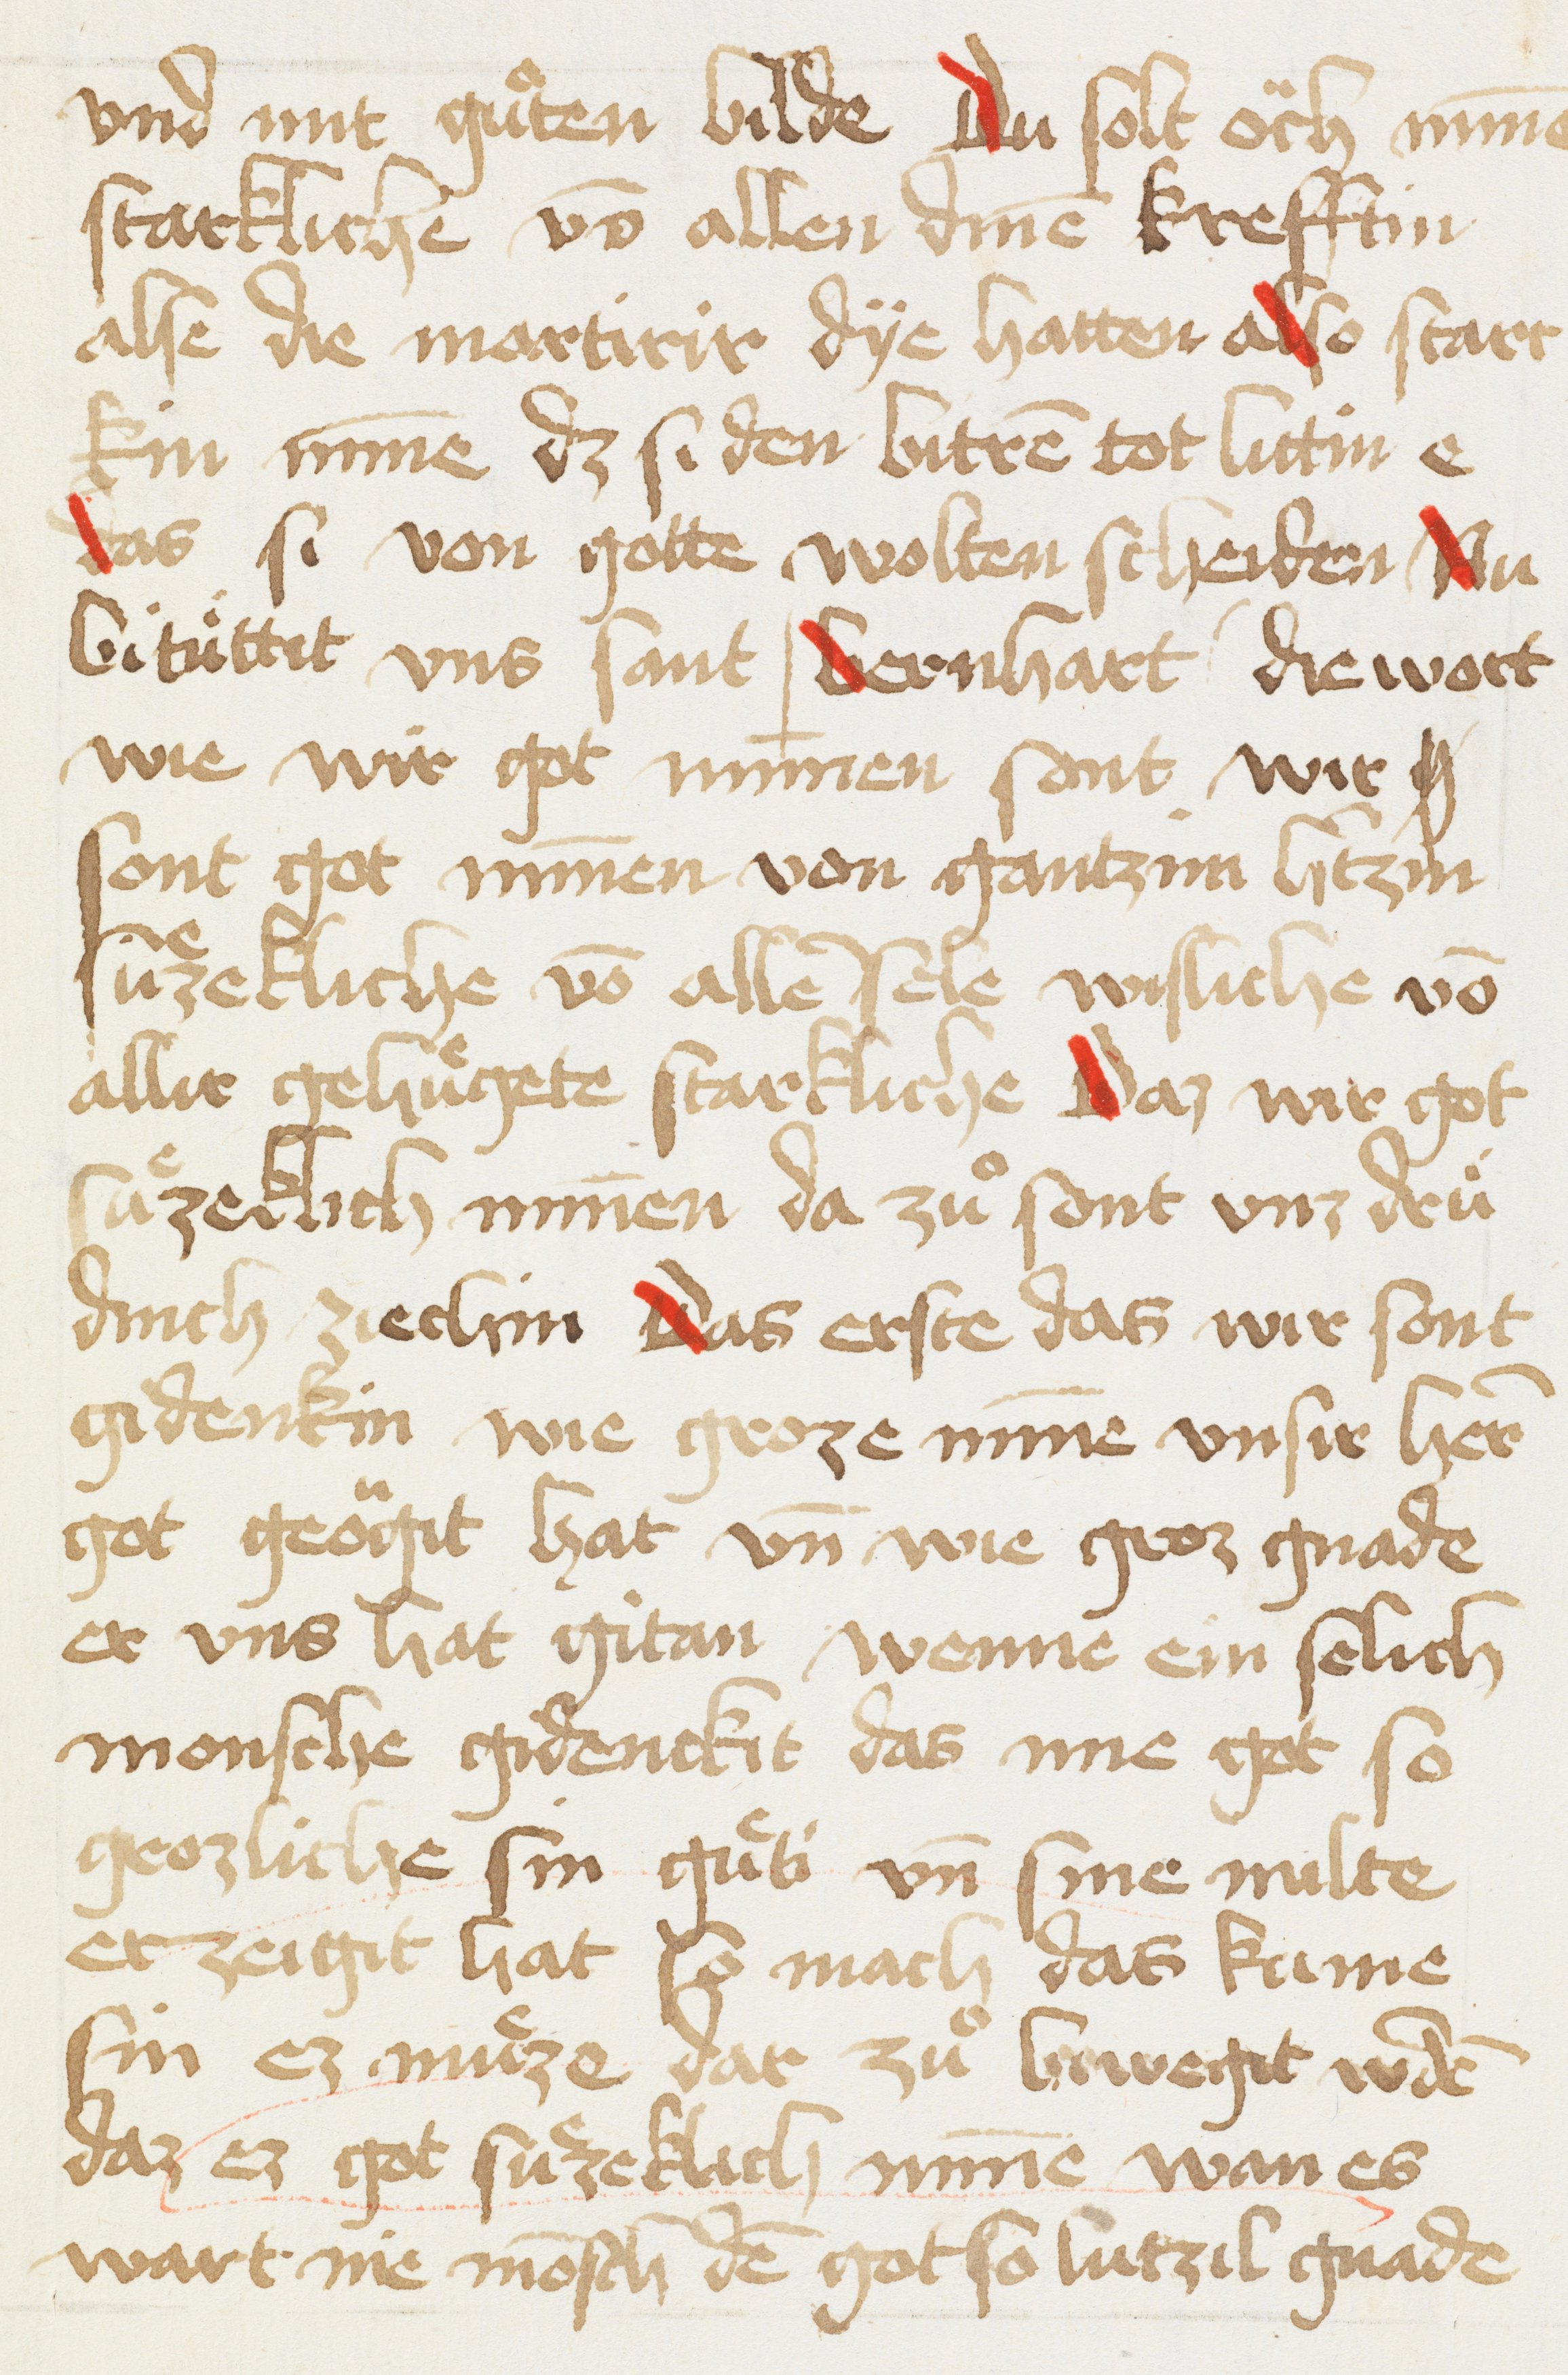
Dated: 1456–1456